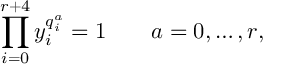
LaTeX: \prod _ { i = 0 } ^ { r + 4 } y _ { i } ^ { q _ { i } ^ { a } } = 1 \qquad a = 0 , \ldots , r ,